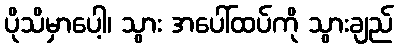
ပိုသိမှာပေါ့၊ သွား အပေါ်ထပ်ကို သွားချည်